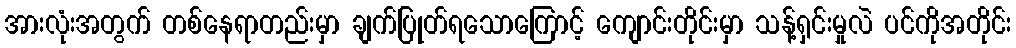
အားလုံးအတွက် တစ်နေရာတည်းမှာ ချက်ပြုတ်ရသောကြောင့် ကျောင်းတိုင်းမှာ သန့်ရှင်းမှုလဲ ပင်ကိုအတိုင်း